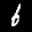
Label: 6